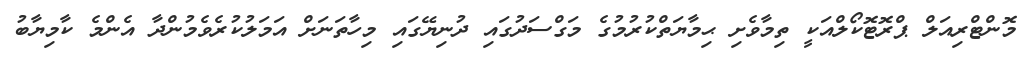
މޮންޓްރިއަލް ޕްރޮޓޮކޯލްއަކީ ތިމާވެށި ޙިމާޔަތްކުރުމުގެ މަގްސަދުގައި ދުނިޔޭގައި މިހާތަނަށް އަމަލުކުރެވެމުންދާ އެންމެ ކާމިޔާބު